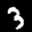
Label: 3